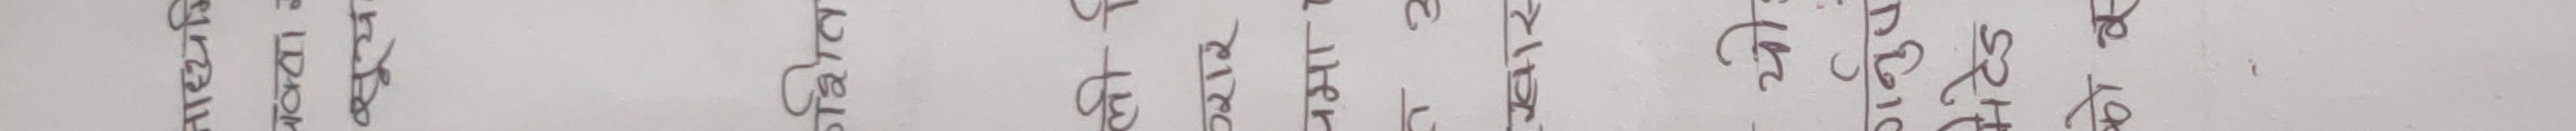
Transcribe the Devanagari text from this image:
अवर्गात्मक कर्ता संख्या कर्म क्षर २१० प २१५ ७।२०